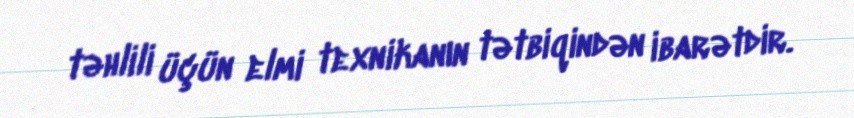
təhlili üçün elmi texnikanın tətbiqindən ibarətdir.